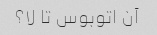
آن اتوبوس تا لا؟